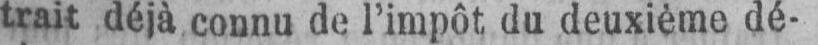
trait déjà connu de l’impôt du deuxième dé-